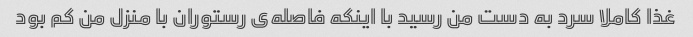
غذا کاملا سرد به دست من رسید با اینکه فاصله‌ی رستوران با منزل من کم بود